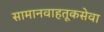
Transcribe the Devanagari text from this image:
सामानवाहतूकसेवा